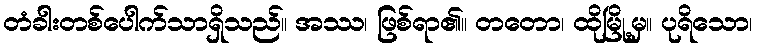
တံခါးတစ်ပေါက်သာရှိသည်။ အဿ၊ ဖြစ်ရာ၏။ တတော၊ ထိုမြို့မှ။ ပုရိသော၊